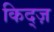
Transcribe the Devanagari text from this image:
किद्ज़